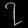
Digit: ၇